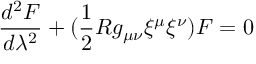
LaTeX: \frac { d ^ { 2 } F } { d \lambda ^ { 2 } } + ( \frac { 1 } { 2 } R g _ { \mu \nu } { \xi } ^ { \mu } { \xi } ^ { \nu } ) F = 0